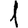
Digit: 1